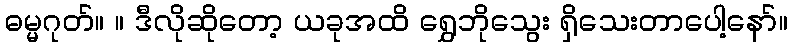
ဓမ္မဂုတ်။ ။ ဒီလိုဆိုတော့ ယခုအထိ ရွှေဘိုသွေး ရှိသေးတာပေါ့နော်။